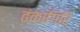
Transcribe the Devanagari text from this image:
ढंकागिरि